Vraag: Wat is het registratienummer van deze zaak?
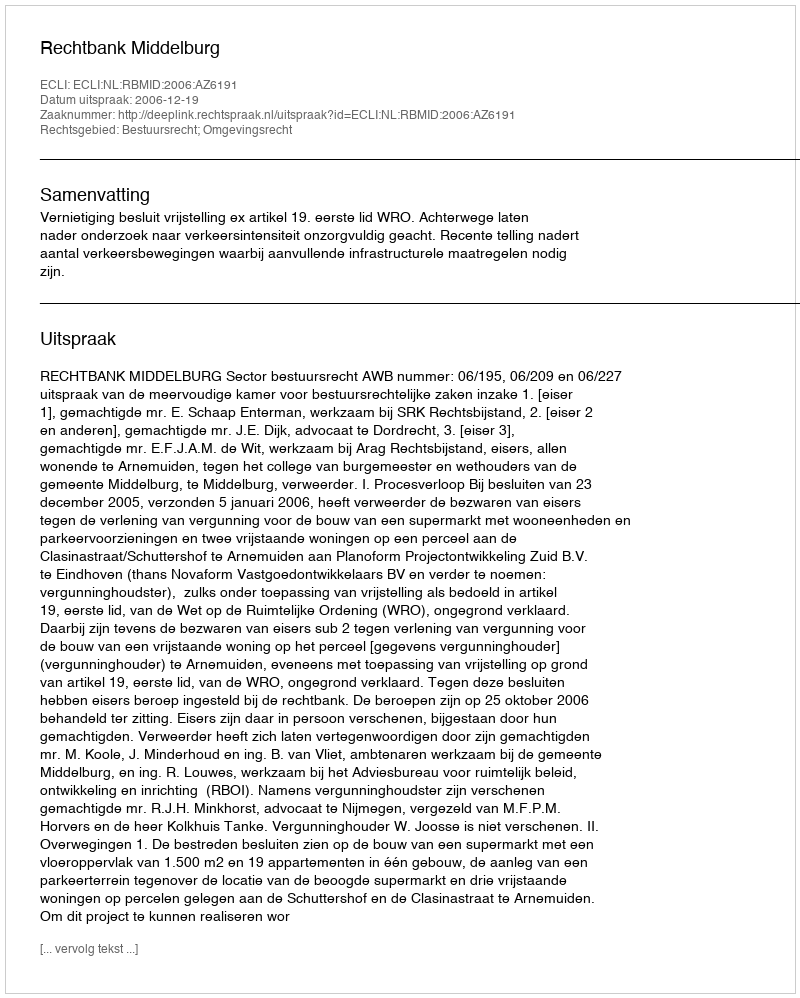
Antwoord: http://deeplink.rechtspraak.nl/uitspraak?id=ECLI:NL:RBMID:2006:AZ6191